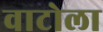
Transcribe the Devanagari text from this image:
वाटोला